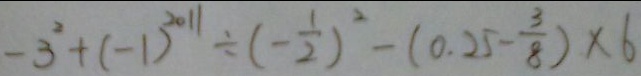
- 3 ^ { 2 } + ( - 1 ) ^ { 2 0 1 1 } \div ( - \frac { 1 } { 2 } ) ^ { 2 } - ( 0 . 2 5 - \frac { 3 } { 8 } ) \times 6